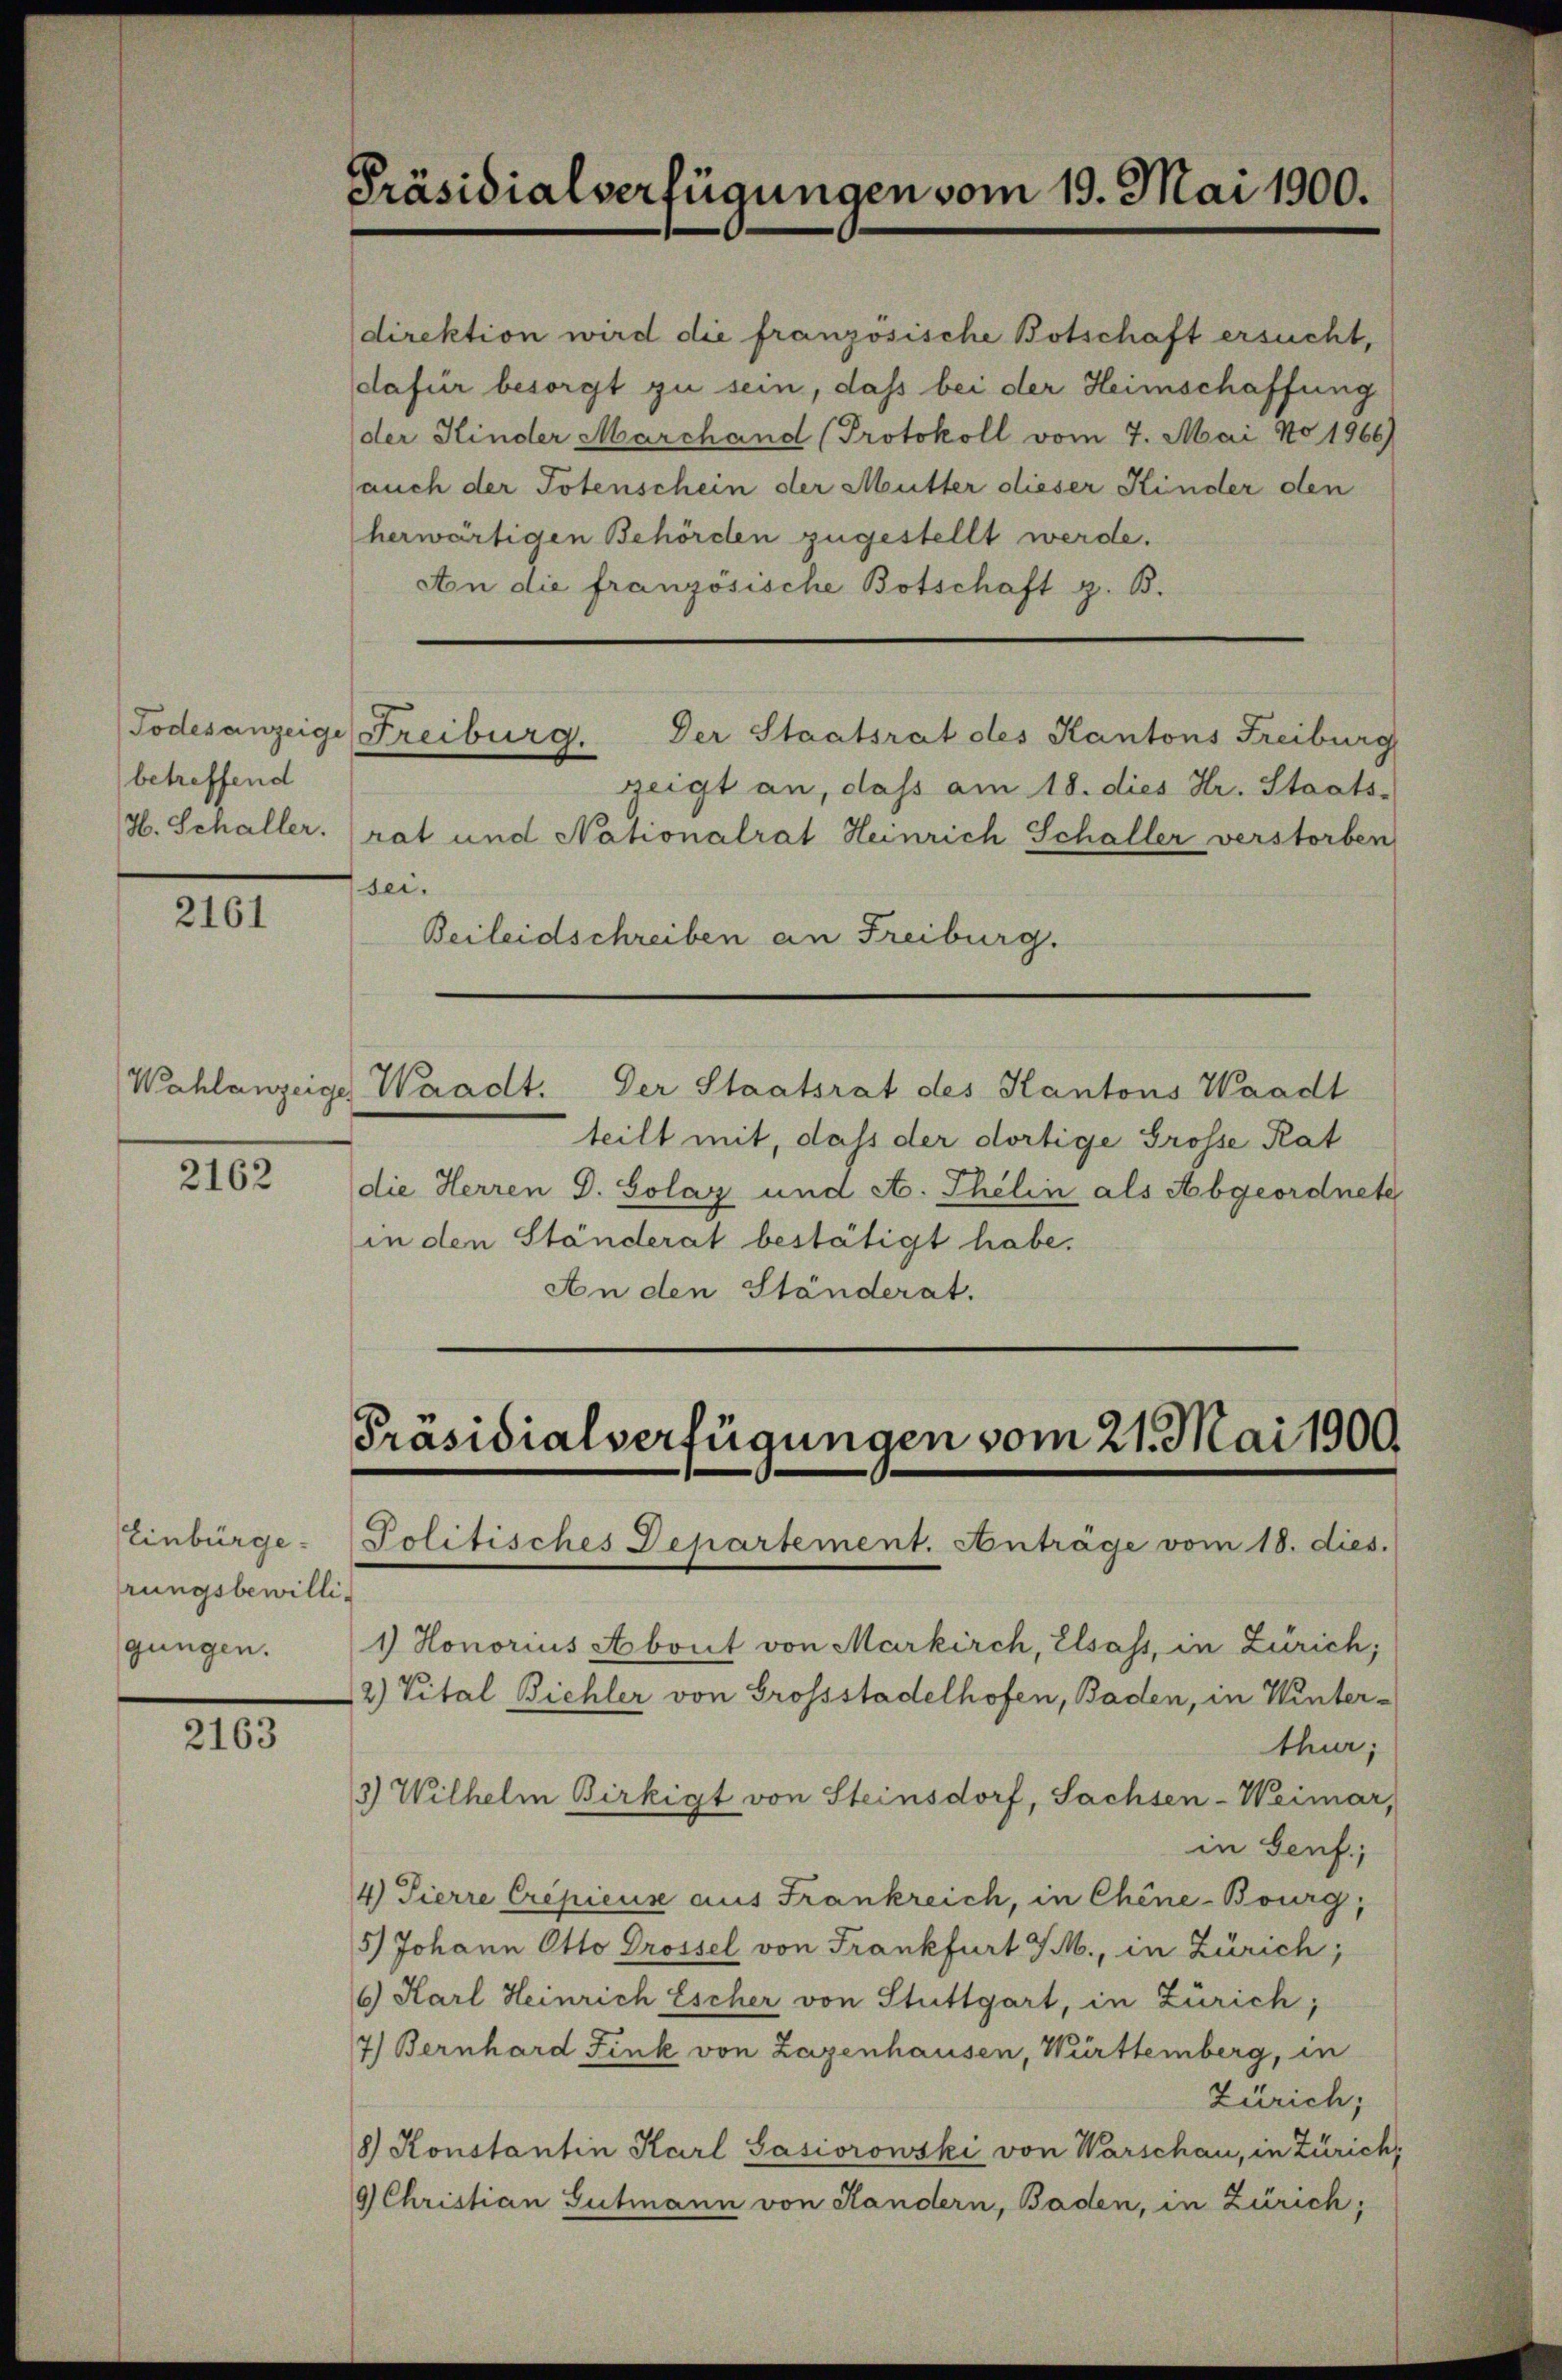
betreffend

2161

2162

Einbürge
rungsbewilli-

2163

Präsidialverfügungen vom 19. Mai 1900.

auch der Totenschein der Mutter dieser Kinder den
herwärtigen Behörden zugestellt werde.
An die französische Botschaft z. B.
zeigt an, dass am 18. dies Hr. Staats-
H. Schaller. rat und Nationalrat Heinrich Schaller verstorben
sei.
Beileidschreiben an Freiburg.
Wahlanzeige Waadt. Der Staatsrat des Kantons Waadt
teilt mit, dass der dortige Grosse Rat
die Herren d. Solaz und A. Thelin als Abgeordnete
in den Ständerat bestätigt habe.
An den Ständerat.

Todesanzeige Freiburg. Der Staatsrat des Kantons Freiburg

Präsidialverfügungen vom 21. Mai 1900
Politisches Departement. Anträge vom 18. dies.

direktion wird die französische Botschaft ersucht,
dafür besorgt zu sein, daß bei der Heimschaffung
der Kinder Marchand (Protokoll vom 7. Mai No 1966)

gungen. (1 Honorius Abont von Markirch, Elsass, in Zürich;
2) Vital Bichler von Grossstadelhofen, Baden, in Winter-
thur;
3) Wilhelm Birkigt von Steinsdorf, Sachsen-Weimar,
in Genf;
4 Tierre Crepicus aus Frankreich, in Chine-Bourg,
5) Johann Otto Drossel von Frankfurt SM., in Zürich;
6 Karl Heinrich Escher von Stuttgart, in Zürich;
7) Bernhard Fink von Lazenhausen, Württemberg, in
Zürich;
8) Konstantin Karl Sasiorowski von Warschau, in Zürich,
9 Christian Gutmann von Handern, Baden, in Zürich;